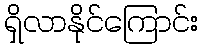
ရှိလာနိုင်ကြောင်း